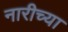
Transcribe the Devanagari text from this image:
नारीच्या